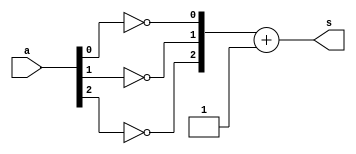
// -------------------------
// Exemplo0025
// Nome: Marcio Enio Gonalves Dutra Junior
// -------------------------

// -------------------------
// complemento
// -------------------------
module complemento (output[2:0] s,input[2:0] a);
	wire[2:0] s1;
	
	not(s1[0],a[0]);
	not(s1[1],a[1]);
	not(s1[2],a[2]);
	
	assign s = (s1 + 3'b001);
	
endmodule

module test_complemento;
	// ------------------------- definir dados
	reg [2:0] x;
	reg [2:0] y;
	wire [2:0] resultado;
	
	complemento c2(resultado, x);
	// ------------------------- parte principal
	initial begin
		$display("Exemplo0025 - Marcio Enio Gonalves Dutra Junior - 441698");
		$display("Test");
		
		#1 x = 3'b000;
		
		$monitor ("%b = %b",x,resultado);
		#1 x = 3'b001;
		#1 x = 3'b010;
		#1 x = 3'b011;
		#1 x = 3'b100;
		#1 x = 3'b101;
		#1 x = 3'b110;
		#1 x = 3'b111;
	end
endmodule // test_complemento